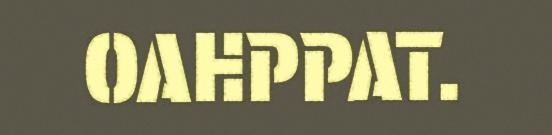
OAHPPAT.